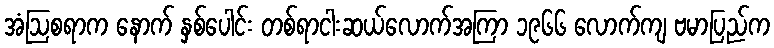
အံဩစရာက နောက် နှစ်ပေါင်း တစ်ရာငါးဆယ်လောက်အကြာ ၁၉၆၆ လောက်ကျ ဗမာပြည်က